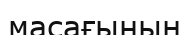
масағының